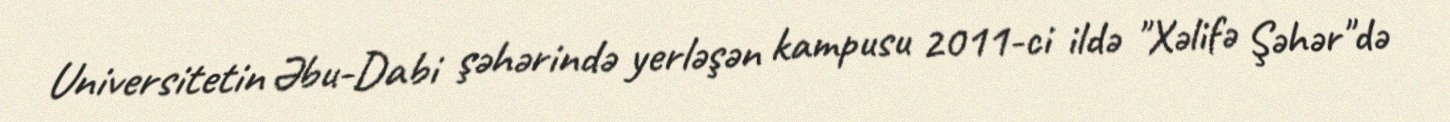
Universitetin Əbu-Dabi şəhərində yerləşən kampusu 2011-ci ildə "Xəlifə Şəhər"də